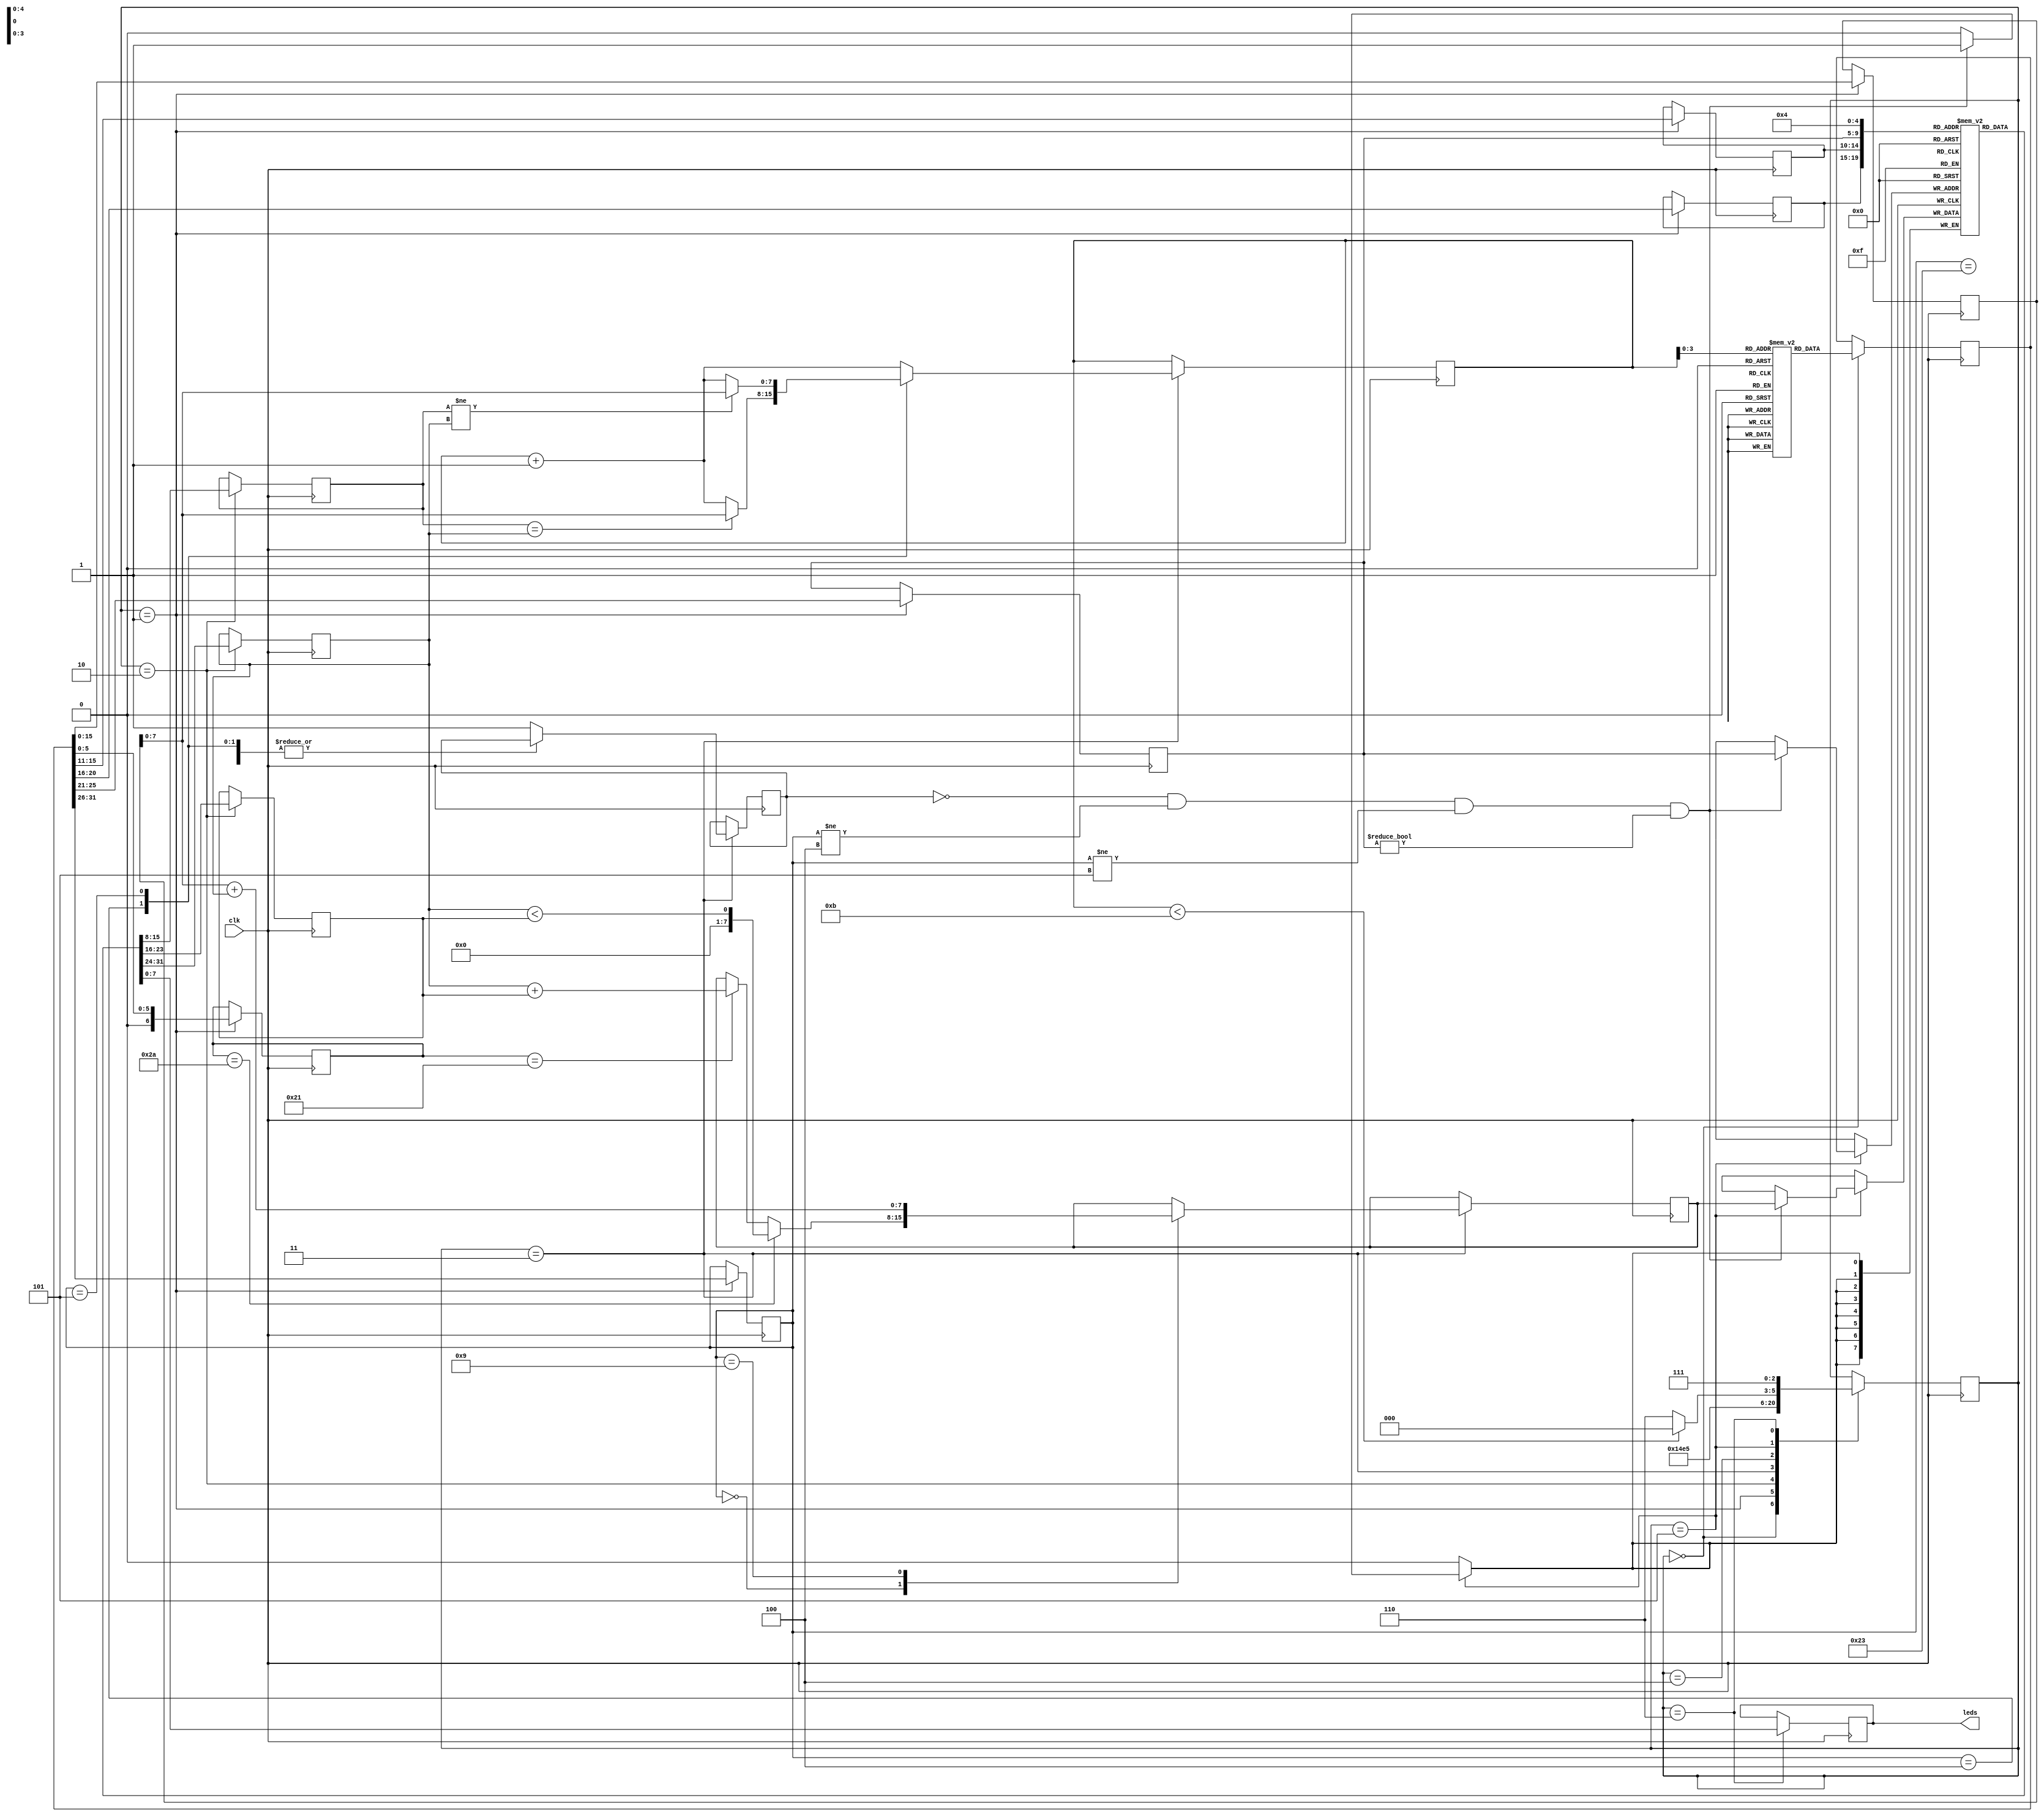
`timescale 1ns / 1ps
//////////////////////////////////////////////////////////////////////////////////
// Company: 
// Engineer: 
// 
// Design Name: 
// Module Name:    MIPS_processor 
// Project Name: 
// Target Devices: 
// Tool versions: 
// Description: 
//
// Dependencies: 
//
// Revision: 
// Revision 0.01 - File Created
// Additional Comments: 
//
//////////////////////////////////////////////////////////////////////////////////
`define MAX_PC 11
// `define OPCODE [31:25]
`define OUTPUT_REG 4

module MIPS_processor(clk, leds);

    // inputs
    input clk;

    // outputs
    output [7:0] leds;
    reg [7:0] leds;

    // immediates
    reg [31:0] memory [0:10] ; // 32 bits wide memory, having 11 rows
    reg [7:0] data [0:2] ; // 8 bits wide data, having a,b,c
    reg [7:0] counter = 0 ; // 8 bit counter initialized to zero
    reg [2:0] state = 0 ;
    reg [7:0] regFile [0:31] ;
    reg [31:0] inst ;

    reg [7:0] read_data ;
    reg [7:0] read_address ; // 8 bit read address 

    reg [5:0] opcode ;
    reg [4:0] dest_address ;
    reg [4:0] src1_address ;
    reg [4:0] src2_address ;
    reg [4:0] shift ;
    reg [6:0] func ;
    reg [15:0] imdt ;

    reg [7:0] src1 ; 
    reg [7:0] src2 ; 
	 reg [7:0] srcd ; 
    reg [7:0] result ; 
    reg flag = 0 ; 
    initial begin
        // initialize a,b and c 

        data[0] <= 8'b11101100; // - 20
        data[1] <= 8'b00001010; // 10
        data[2] <= 8'b00000010; // 2


        // initialize memory 

        memory[0] <= 32'b100011_00001_00000_0000000000000000; // lw $1, 0($0)
        memory[1] <= 32'b100011_00010_00000_0000000000000001; // lw $2, 1($0)
        memory[2] <= 32'b100011_00011_00000_0000000000000010; // lw $3, 2($0)
        memory[3] <= 32'b001001_00100_00000_0000000000000000; // addiu $4, $0, 0
        memory[4] <= 32'b001001_00101_00001_0000000000000000; // addiu $5, $1, 0
        memory[5] <= 32'b000000_00110_00101_00010_00000_101010; // slt $6, $5, $2
        memory[6] <= 32'b000100_00110_00000_0000000000000101; // beq $6, $0, exit , EXIT : 5
        memory[7] <= 32'b000000_00100_00100_00101_00000_100001; // addu $4, $4, $5 // loop
        memory[8] <= 32'b000000_00101_00101_00011_00000_100001; // addu $5, $5, $3
        memory[9] <= 32'b000000_00110_00101_00010_00000_101010; // slt $6, $5, $2
        memory[10] <= 32'b000101_00110_00000_1111111111111101; // bne $6, $0, loop , LOOP : -3


        // initialise regFile to zero

        regFile[0] <= 8'b00000000;
        regFile[1] <= 8'b00000000;
        regFile[2] <= 8'b00000000;
        regFile[3] <= 8'b00000000;
        regFile[4] <= 8'b00000000;
        regFile[5] <= 8'b00000000;
        regFile[6] <= 8'b00000000;
        regFile[6] <= 8'b00000000;
        regFile[7] <= 8'b00000000;
        regFile[8] <= 8'b00000000;
        regFile[9] <= 8'b00000000;
        regFile[10] <= 8'b00000000;
        regFile[11] <= 8'b00000000;
        regFile[12] <= 8'b00000000;
        regFile[13] <= 8'b00000000;
        regFile[14] <= 8'b00000000;
        regFile[15] <= 8'b00000000;
        regFile[16] <= 8'b00000000;
        regFile[17] <= 8'b00000000;
        regFile[18] <= 8'b00000000;
        regFile[19] <= 8'b00000000;
        regFile[20] <= 8'b00000000;
        regFile[21] <= 8'b00000000;
        regFile[22] <= 8'b00000000;
        regFile[23] <= 8'b00000000;
        regFile[24] <= 8'b00000000;
        regFile[25] <= 8'b00000000;
        regFile[26] <= 8'b00000000;
        regFile[27] <= 8'b00000000;
        regFile[28] <= 8'b00000000;
        regFile[29] <= 8'b00000000;
        regFile[30] <= 8'b00000000;
        regFile[31] <= 8'b00000000;

    end

    always @(posedge clk) begin
        case(state)
            0 : begin
                //  reads the instruction from the instruction memory row pointed to by the program counter
                inst <= memory[counter];
                state <= 1;
            end
            1 : begin
                // finds out the fields of the instruction

                opcode <= inst[31:26];
                dest_address <= inst[25:21];
                src1_address <= inst[20:16];

                // for opcode 0
                src2_address <= inst[15:11];
                shift <= inst[10:6];
                func <= inst[5:0];

                // for other opcodes
                imdt <= inst[15:0];

                state <= 2;
            end
            2 : begin
                //  reads the source register operands of the instruction from the register file
                src1 <= regFile[src1_address];
                src2 <= regFile[src2_address];
                srcd <= regFile[dest_address]; // when beq or bne

                state <= 3;
            end
            3 : begin
                // executes the instruction if the instruction is addiu, addu, slt, beq, or bne; 
                // if the instruction is lw, its address is computed; otherwise marks the instruction
                // as invalid. Sets the program counter of the next instruction appropriately
                state <= 4;

                case(opcode)
                    6'b000000 : begin // ALU
                        if (func == 6'b101010) begin // slt
                            result <= src1 < src2 ;
                        end
                        else if ( func == 6'b100001 ) begin // addu
                            result <= src1 + src2 ;
                        end
                        counter <= counter + 1;
                    end
                    6'b100011 : begin // lw
                        read_address <= imdt[7:0] + src1 ;
                        counter <= counter + 1;
                    end
                    6'b001001 : begin // addiu
                        result <= imdt[7:0] + src1 ;
                        counter <= counter + 1;
                    end
                    6'b000100 : begin // beq
                        if ( srcd == src1 ) begin
                            counter <= imdt[7:0];
                        end
                        else begin
                            counter <= counter + 1;
                        end
                    end
                    6'b000101 : begin // bne
                        if ( srcd != src1 ) begin
                            counter <= imdt[7:0];
                        end
                        else begin
                            counter <= counter + 1;
                        end
                    end
                    default : begin // invalid
                        flag <= 1;
                        counter <= counter + 1;
                        // OR
                        // counter <= `MAX_PC;
                    end
                endcase
            end
            4 : begin
                if ( opcode == 6'b100011) begin // lw
                    read_data <= data[read_address];
                end
                state <= 5;
            end
            5 : begin
                if ( flag == 0 && opcode != 6'b000100 && opcode != 6'b000101 && dest_address != 5'b00000) begin // if valid instruction and not a branching instruction and destination operand is not zero
                    regFile[dest_address] <= result ;
                end
                if (counter < `MAX_PC) begin
						 state <= 0;
					 end
					 else begin
						 state <= 6 ;
					 end
            end
            6 : begin
                leds <= regFile[`OUTPUT_REG];
                state <= 7;
					 // leds[0] <= 1; // 
            end
        endcase 
    end
	 
endmodule